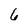
Character: 6